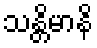
သန္တိမာနိ